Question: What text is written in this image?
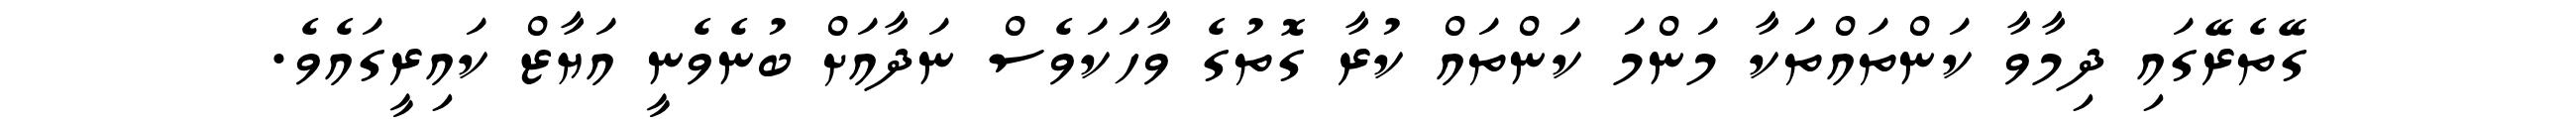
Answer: ގޭތެރޭގައި ދިމާވާ ކަންތައްތަކާ މަންމަ ކަންތައް ކުރާ ގޮތުގެ ވާހަކަވެސް ނަދާއަށް ބުނެވެނީ އަޔާޒް ކައިރީގައެވެ.